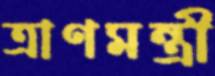
ত্রাণমন্ত্রী